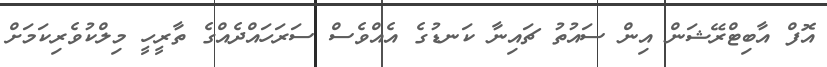
އޮފް އާބިޓްރޭޝަން އިން ސައުތު ޗައިނާ ކަނޑުގެ އެއްވެސް ސަރަހައްދެއްގެ ތާރީހީ މިލްކުވެރިކަމަށް